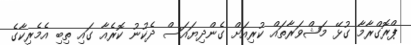
ޕްރޮގްރާމާ ގުޅޭ މަޝްވަރާތައް ކުރިއަށް ގެންދިޔައަސް ދެކުނު ކޮރެއާ ގައި ތިބި އެމެރިކާގެ